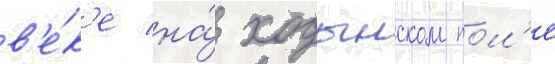
в'е́к'е на́ ходынском пол'е